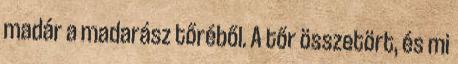
madár a madarász tőréből. A tőr összetört, és mi